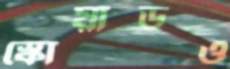
স্কোয়াডও